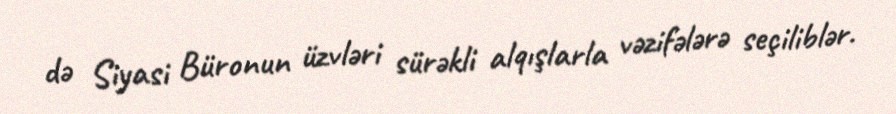
də Siyasi Büronun üzvləri sürəkli alqışlarla vəzifələrə seçiliblər.